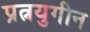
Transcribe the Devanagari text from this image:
प्रत्नयुगीन